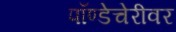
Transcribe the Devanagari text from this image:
पॉण्डेचेरीवर